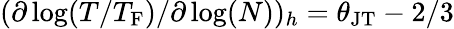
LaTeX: (\partial\log(T/T_{\mathrm{F}})/\partial\log(N))_{h}=\theta_{\mathrm{JT}}-2/3